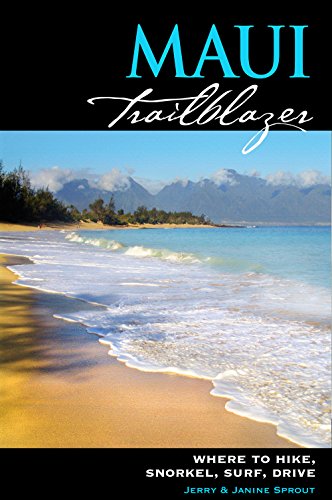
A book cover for Maui Trailblazer: Where to Hike, Snorkel, Surf, Drive; Jerry Sprout; Travel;